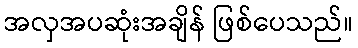
အလှအပဆုံးအချိန် ဖြစ်ပေသည်။